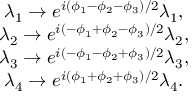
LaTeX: \begin{array} { c } { { \lambda _ { 1 } \rightarrow e ^ { i ( \phi _ { 1 } - \phi _ { 2 } - \phi _ { 3 } ) / 2 } \lambda _ { 1 } , } } \\ { { \lambda _ { 2 } \rightarrow e ^ { i ( - \phi _ { 1 } + \phi _ { 2 } - \phi _ { 3 } ) / 2 } \lambda _ { 2 } , } } \\ { { \lambda _ { 3 } \rightarrow e ^ { i ( - \phi _ { 1 } - \phi _ { 2 } + \phi _ { 3 } ) / 2 } \lambda _ { 3 } , } } \\ { { \lambda _ { 4 } \rightarrow e ^ { i ( \phi _ { 1 } + \phi _ { 2 } + \phi _ { 3 } ) / 2 } \lambda _ { 4 } . } } \end{array}